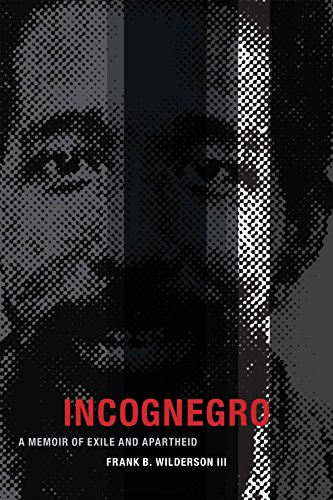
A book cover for Incognegro: A Memoir of Exile and Apartheid; Frank B. Wilderson III; Biographies & Memoirs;